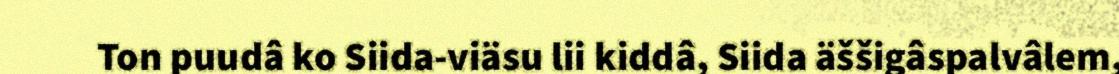
Ton puudâ ko Siida-viäsu lii kiddâ, Siida äššigâspalvâlem,